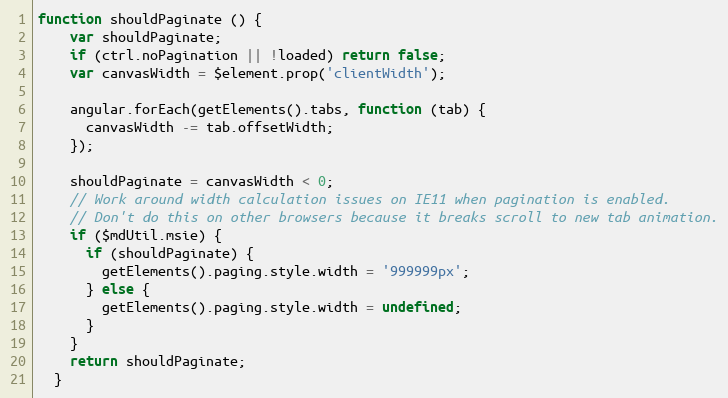
Language: JavaScript
function shouldPaginate () {
    var shouldPaginate;
    if (ctrl.noPagination || !loaded) return false;
    var canvasWidth = $element.prop('clientWidth');

    angular.forEach(getElements().tabs, function (tab) {
      canvasWidth -= tab.offsetWidth;
    });

    shouldPaginate = canvasWidth < 0;
    // Work around width calculation issues on IE11 when pagination is enabled.
    // Don't do this on other browsers because it breaks scroll to new tab animation.
    if ($mdUtil.msie) {
      if (shouldPaginate) {
        getElements().paging.style.width = '999999px';
      } else {
        getElements().paging.style.width = undefined;
      }
    }
    return shouldPaginate;
  }